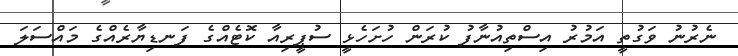
ނެރުނު ވަގުތީ އަމުރު އިސްތިއުނާފު ކުރަން ހުށަހެޅީ ސުޕީރިއާ ކޮޓެއްގެ ފަނޑިޔާރެއްގެ މައްސަލަ